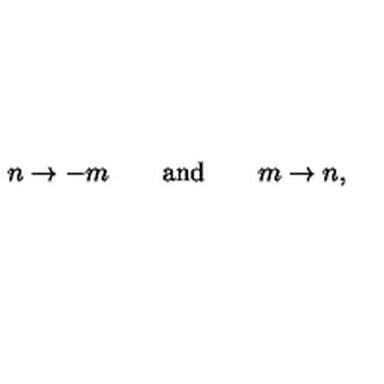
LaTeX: n \rightarrow - m \qquad \mathrm { a n d } \qquad m \rightarrow n ,